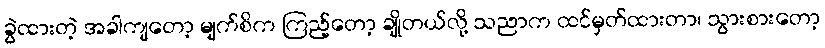
ခွဲထားတဲ့ အခါကျတော့ မျက်စိက ကြည့်တော့ ချိုတယ်လို့ သညာက ထင်မှတ်ထားတာ၊ သွားစားတော့